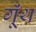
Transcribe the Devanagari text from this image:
गूॅंथ